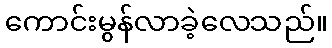
ကောင်းမွန်လာခဲ့လေသည်။